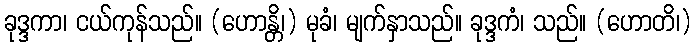
ခုဒ္ဒကာ၊ ငယ်ကုန်သည်။ (ဟောန္တိ၊) မုခံ၊ မျက်နှာသည်။ ခုဒ္ဒကံ၊ သည်။ (ဟောတိ၊)